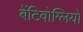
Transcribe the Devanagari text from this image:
बेंटिवोग्लियो